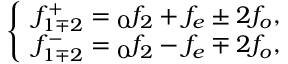
\left\{ \begin{array} { c } { f _ { 1 \mp 2 } ^ { + } = \phantom { } _ { 0 } f _ { 2 } + f _ { e } \pm 2 f _ { o } , } \\ { f _ { 1 \mp 2 } ^ { - } = \phantom { } _ { 0 } f _ { 2 } - f _ { e } \mp 2 f _ { o } , } \end{array} \right.